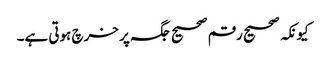
کیونکہ صحیح رقم صحیح جگہ پر خرچ ہوتی ہے۔